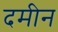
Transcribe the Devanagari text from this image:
दमीन